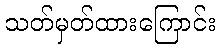
သတ်မှတ်ထားကြောင်း